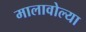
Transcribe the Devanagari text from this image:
मालावोल्या